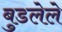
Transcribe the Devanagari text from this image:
बुडलेले